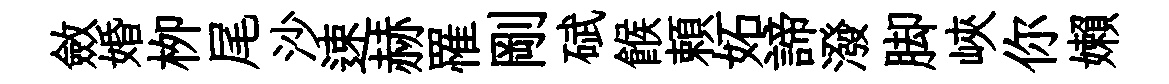
斂婚栁尾沙速赫罹剛碔餱頼妬諦潑脚峽你嬾